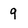
Character: 9